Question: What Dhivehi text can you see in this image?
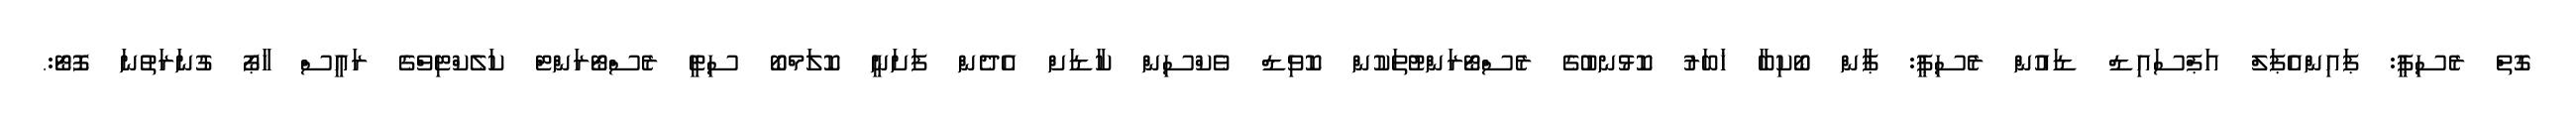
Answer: ގޮތް ރެސިޕީ: ޕައިންއެޕަލް އަޕްސައިޑް ޑައުން ރެސިޕީ: ޕާން ބޯކިބާ ޚަބަރު ކޮޅުނބުގެ ރެސްޓޯރަންޓުތަކުން ކޮވިޑް ވެކްސިން ކާޑަށް އެދެން ފަށަނީ ކޮލަމްބޯ ސިޓީ ރެސްޓޯރަންޓް ކަލެކްޓިވްގެ ރައީސް ހާޕޯ ގުނަރަތުނަ ފޮޓޯ:.